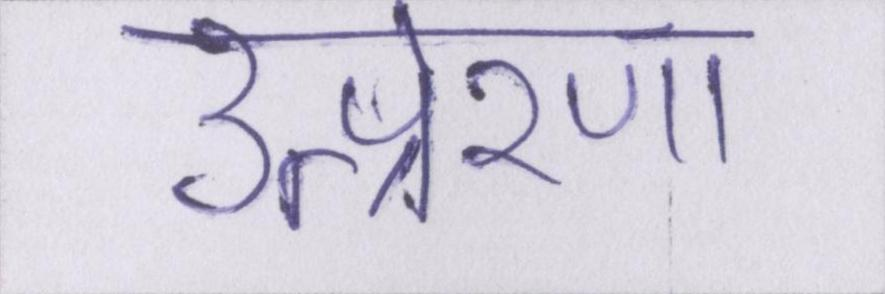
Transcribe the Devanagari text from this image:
उत्प्रेरणा